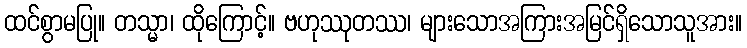
ထင်စွာမပြု။ တသ္မာ၊ ထိုကြောင့်။ ဗဟုဿုတဿ၊ များသောအကြားအမြင်ရှိသောသူအား။